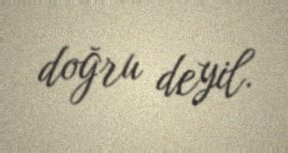
doğru deyil.